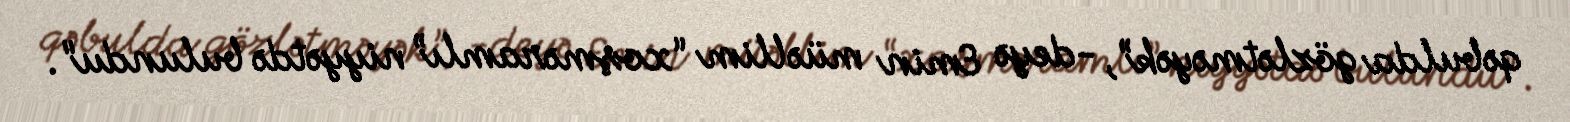
qəbulda gözlətməyək”, -deyə Emin müəllim “xoşməramlı” niyyətdə bulundu".